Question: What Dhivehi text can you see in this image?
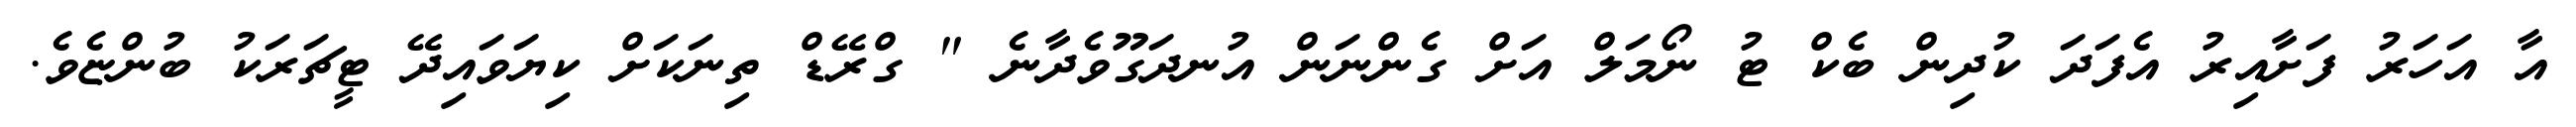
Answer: އާ އަހަރު ފަށާއިރު އެފަދަ ކުދިން ބެކް ޓު ނޯމަލް އަށް ގެންނަން އުނދަގޫވެދާނެ " ގްރޭޑް ތިނަކަށް ކިޔަވައިދޭ ޓީޗަރަކު ބުންޏެވެ.